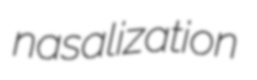
nasalization